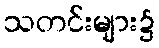
သတင်းများ၌